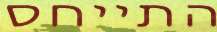
התייחס